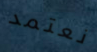
نعتمد